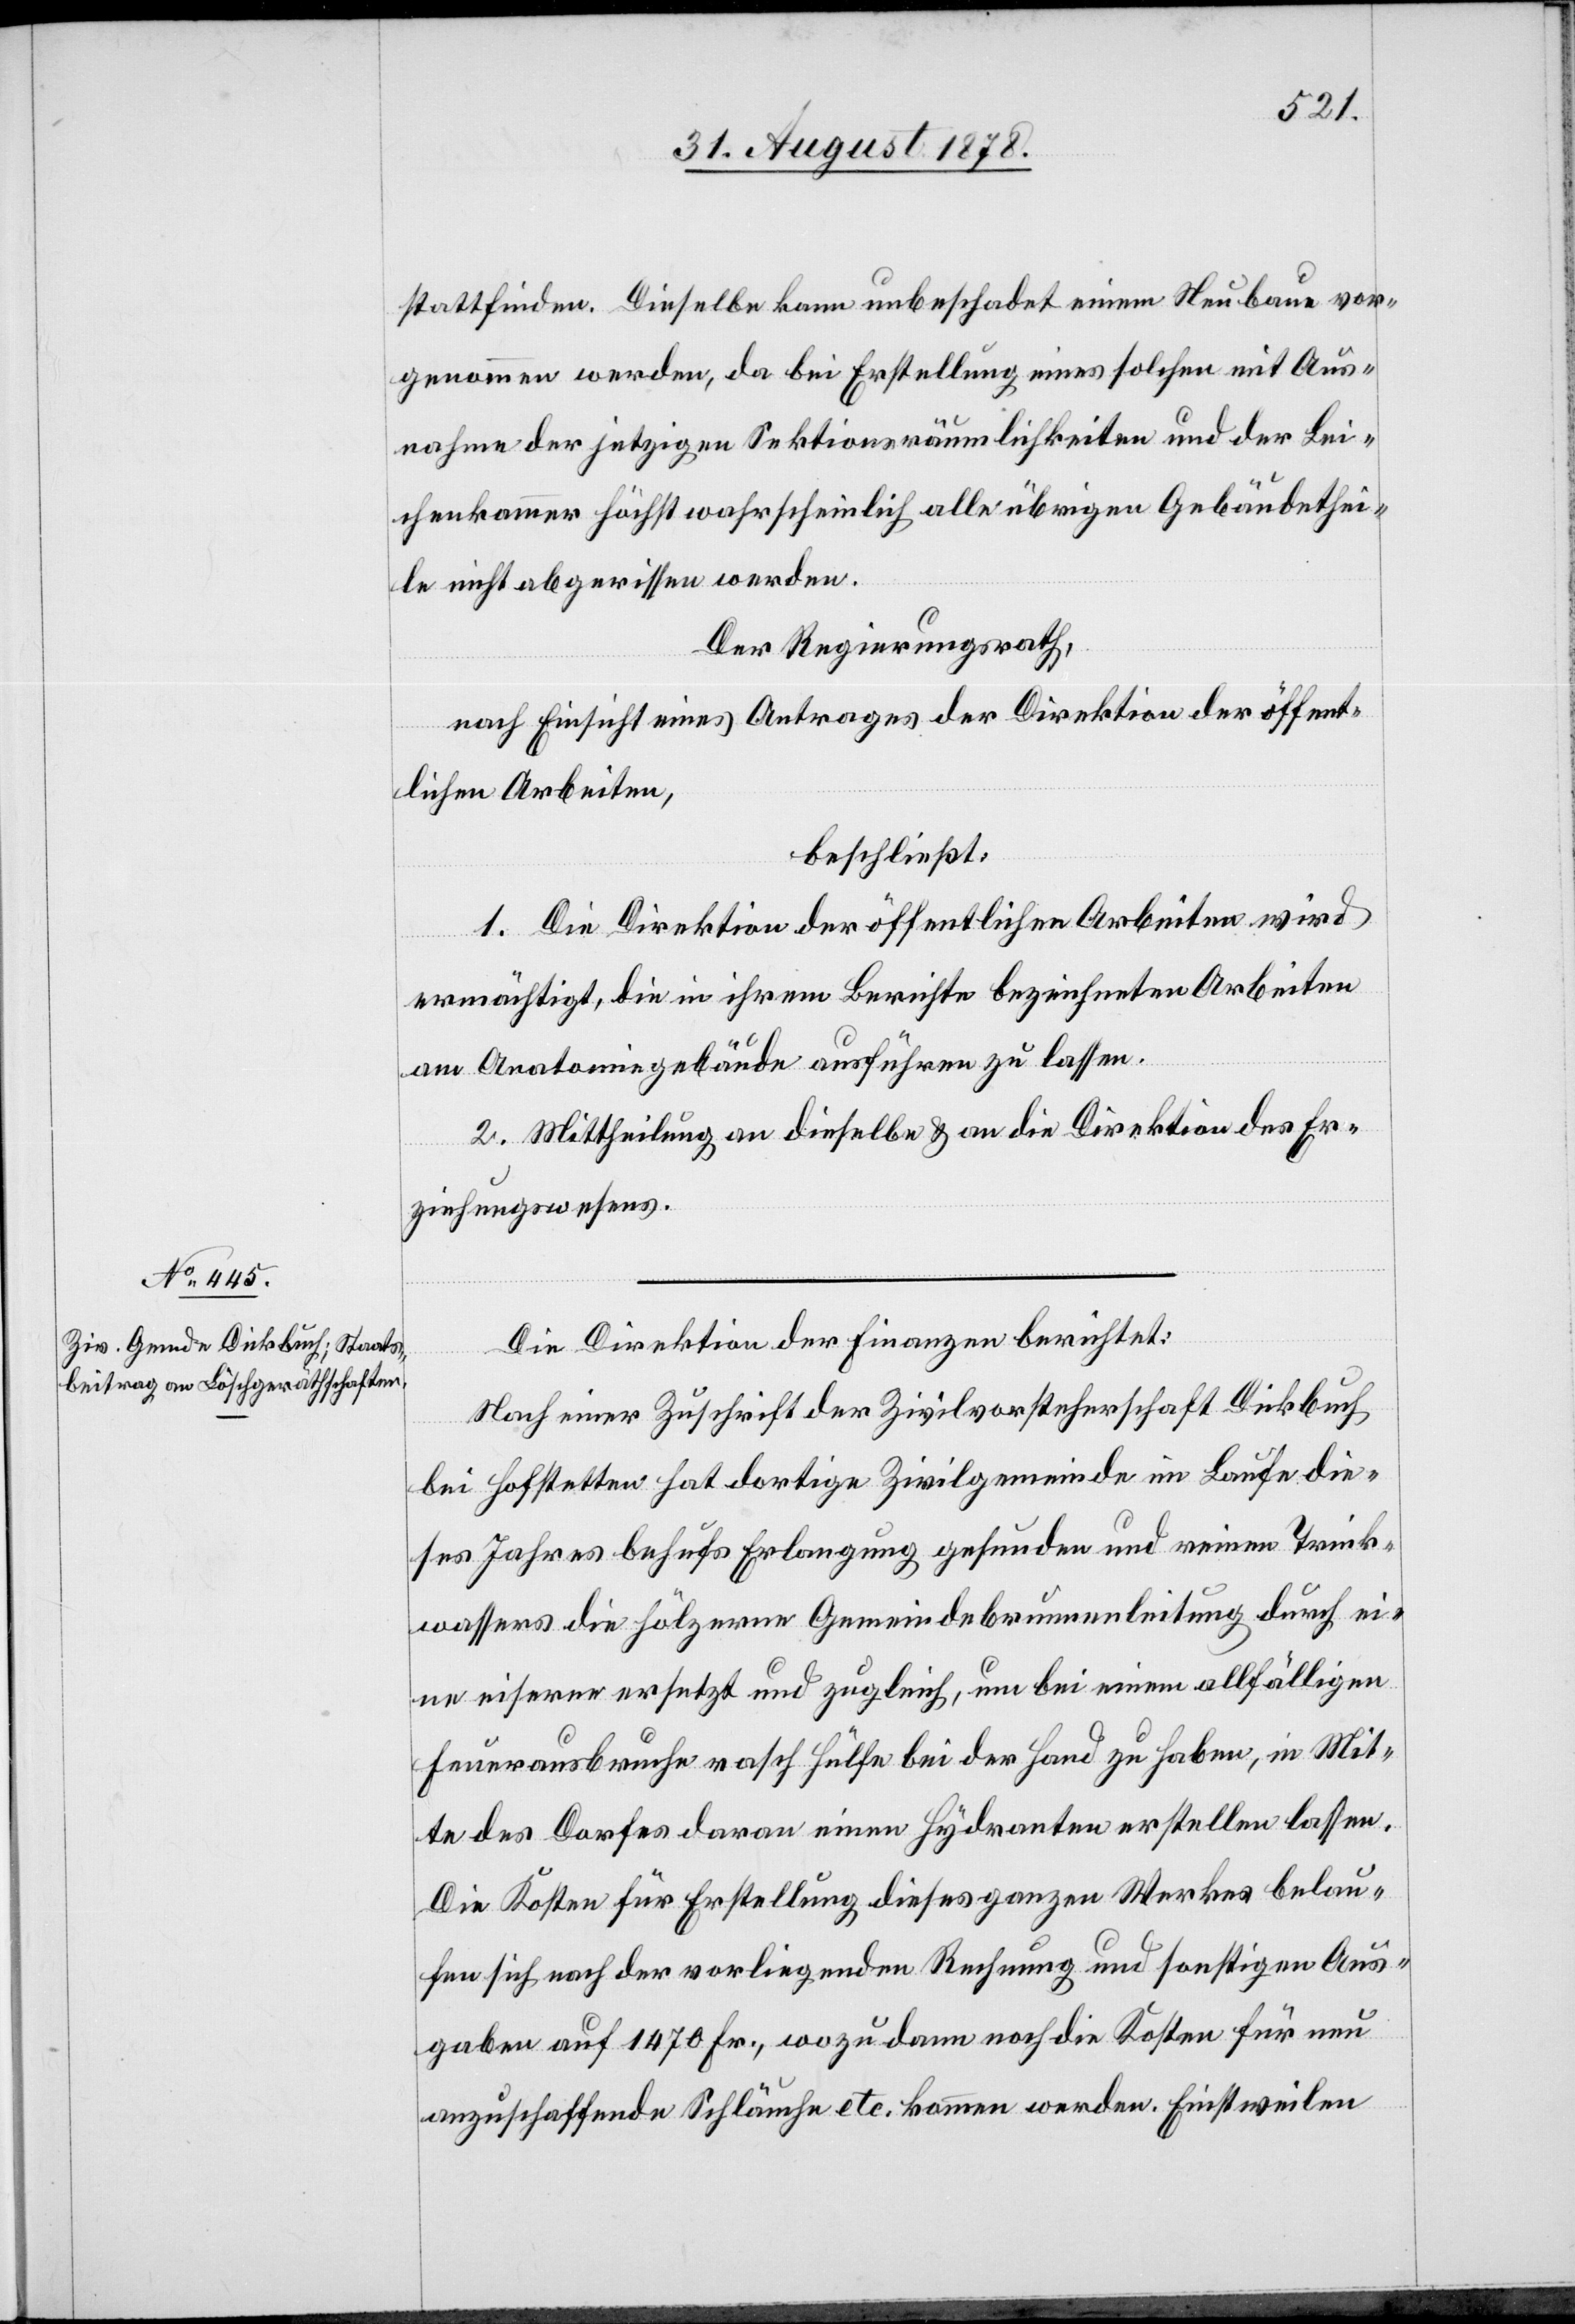
stattfinden. Dieselbe kann unbeschadet einem Neubaue vor¬
genommen werden, da bei Erstellung eines solchen mit Aus¬
nahme der jetzigen Sektionsräumlichkeiten und der Lei¬
chenkammer höchst wahrscheinlich alle übrigen Gebäudethei¬
le nicht abgerissen werden.
Der Regierungsrath,
nach Einsicht eines Antrages der Direktion der öffent¬
lichen Arbeiten,
beschließt:
1. Die Direktion der öffentlichen Arbeiten wird
ermächtigt, die in ihrem Bericht bezeichneten Arbeiten
am Anatomiegebäude ausführen zu lassen.
2. Mittheilung an dieselbe & an die Direktion des Er¬
ziehungswesens.
Die Direktion der Finanzen berichtet:
Nach einer Zuschrift der Zivilvorsteherschaft Dickbuch
bei Hofstetten hat dortige Zivilgemeinde im Laufe die¬
ses Jahres behufs Erlangung gesunden und reinen Trink¬
wassers die hölzerne Gemeindebrunnenleitung durch ei¬
ne eiserne ersetzt und zugleich, um bei einem allfälligen
Feuerausbruche rasch Hülfe bei der Hand zu haben, in Mit¬
te des Dorfes daran einen Hydranten erstellen lassen.
Die Kosten für Erstellung dieses ganzen Werkes belau¬
fen sich nach der vorliegenden Rechnung und sonstigen Aus¬
gaben auf 1470 Fr., wozu dann noch die Kosten für neu
anzuschaffende Schläuche etc. kommen werden. Einstweilen